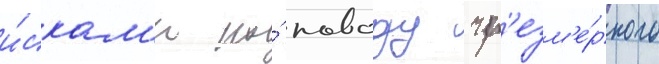
и́скам'и по́ поводу чр'езм'е́рного